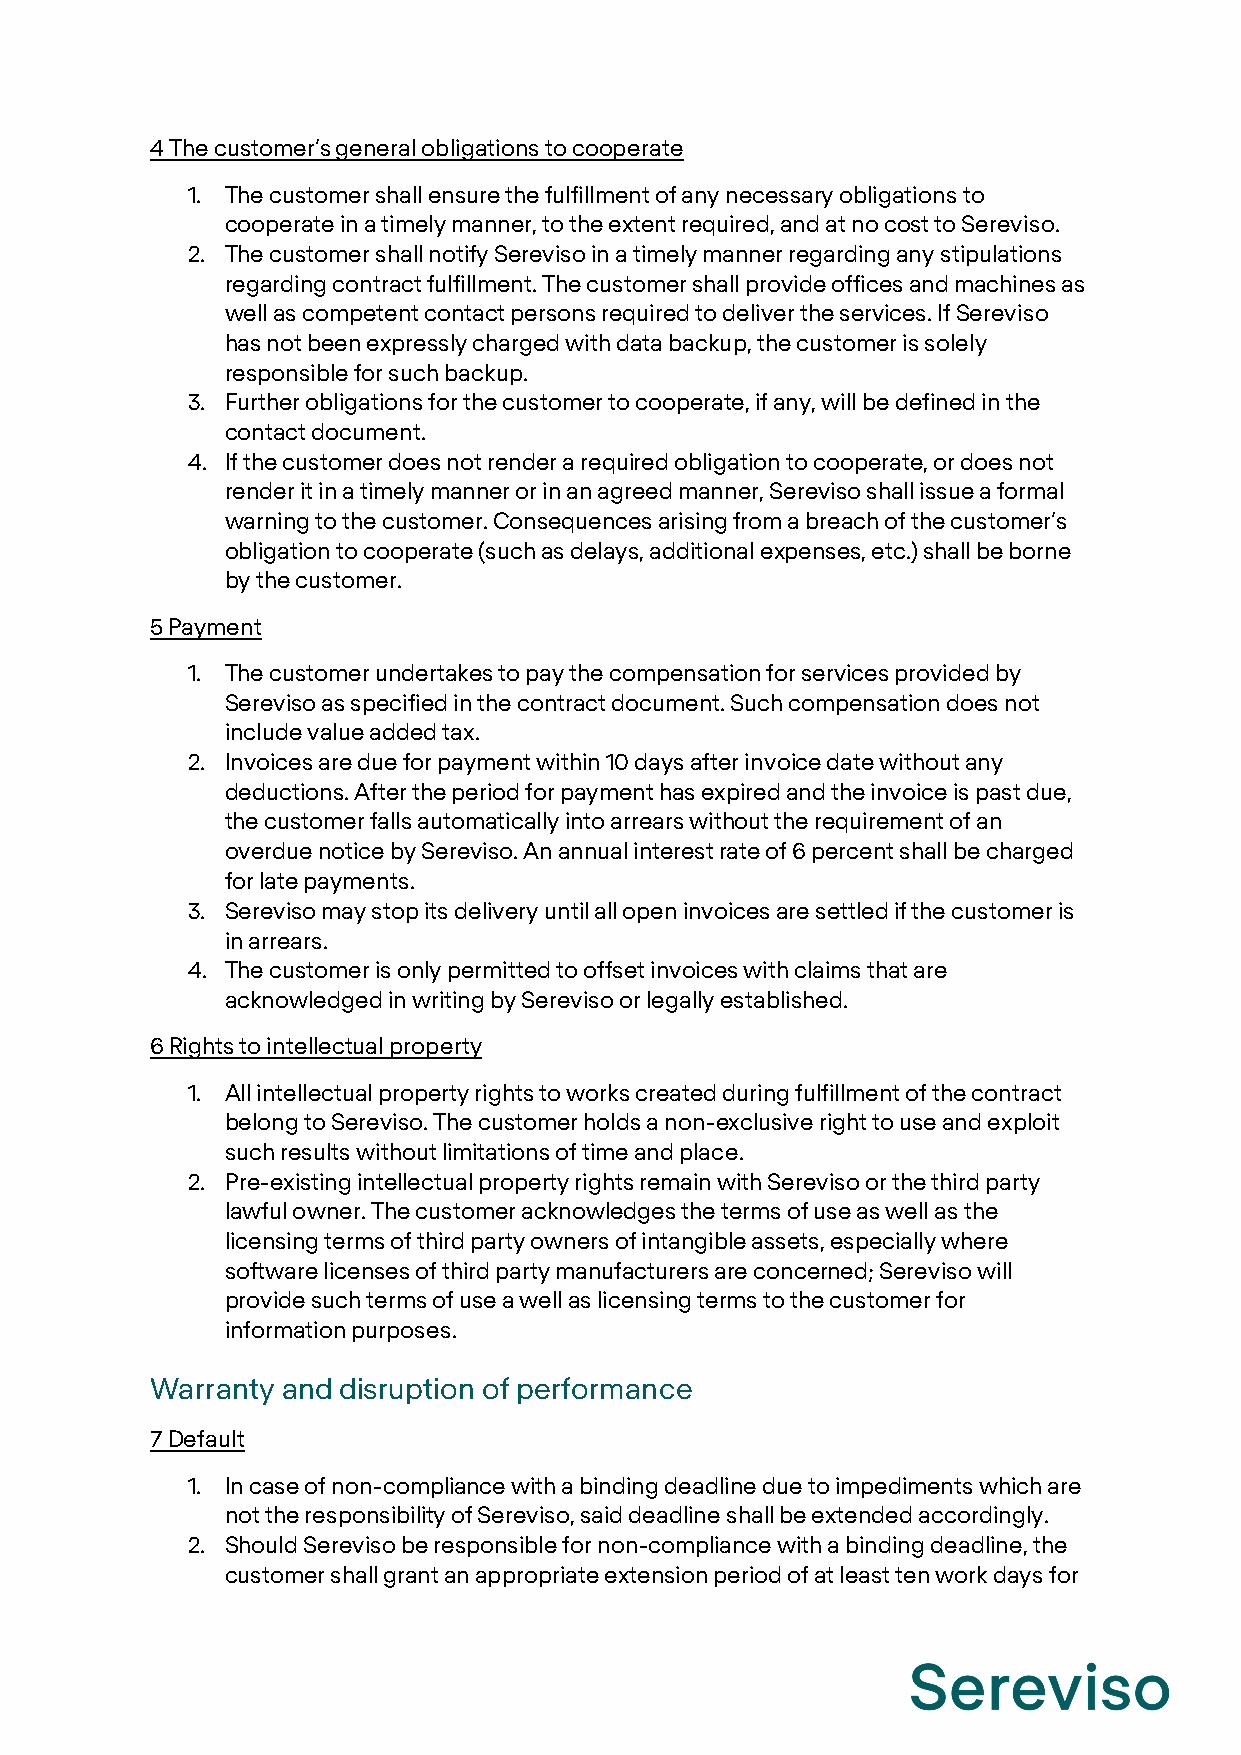
4 The customer’s general obligations to cooperate
 1. The customer shall ensure the fulfillment of any necessary obligations to
 cooperate in a timely manner, to the extent required, and at no cost to Sereviso.
 2. The customer shall notify Sereviso in a timely manner regarding any stipulations
 regarding contract fulfillment. The customer shall provide offices and machines as
 well as competent contact persons required to deliver the services. If Sereviso
 has not been expressly charged with data backup, the customer is solely
 responsible for such backup.
 3. Further obligations for the customer to cooperate, if any, will be defined in the
 contact document.
 4. If the customer does not render a required obligation to cooperate, or does not
 render it in a timely manner or in an agreed manner, Sereviso shall issue a formal
 warning to the customer. Consequences arising from a breach of the customer’s
 obligation to cooperate (such as delays, additional expenses, etc.) shall be borne
 by the customer.
 5 Payment
 1. The customer undertakes to pay the compensation for services provided by
 Sereviso as specified in the contract document. Such compensation does not
 include value added tax.
 2. Invoices are due for payment within 10 days after invoice date without any
 deductions. After the period for payment has expired and the invoice is past due,
 the customer falls automatically into arrears without the requirement of an
 overdue notice by Sereviso. An annual interest rate of 6 percent shall be charged
 for late payments.
 3. Sereviso may stop its delivery until all open invoices are settled if the customer is
 in arrears.
 4. The customer is only permitted to offset invoices with claims that are
 acknowledged in writing by Sereviso or legally established.
 6 Rights to intellectual property
 1. All intellectual property rights to works created during fulfillment of the contract
 belong to Sereviso. The customer holds a non-exclusive right to use and exploit
 such results without limitations of time and place.
 2. Pre-existing intellectual property rights remain with Sereviso or the third party
 lawful owner. The customer acknowledges the terms of use as well as the
 licensing terms of third party owners of intangible assets, especially where
 software licenses of third party manufacturers are concerned; Sereviso will
 provide such terms of use a well as licensing terms to the customer for
 information purposes.
 Warranty and disruption of performance
 7 Default
 1. In case of non-compliance with a binding deadline due to impediments which are
 not the responsibility of Sereviso, said deadline shall be extended accordingly.
 2. Should Sereviso be responsible for non-compliance with a binding deadline, the
 customer shall grant an appropriate extension period of at least ten work days for